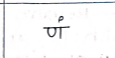
मजकूर: णं